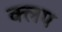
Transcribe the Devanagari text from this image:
क्लप